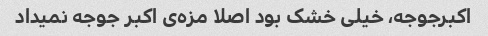
اکبرجوجه، خیلی خشک بود اصلا مزه‌ی اکبر جوجه نمیداد